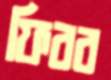
ফিরব